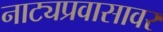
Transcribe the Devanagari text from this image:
नाट्यप्रवासावर